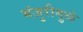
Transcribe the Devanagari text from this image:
मंजुरीमुळे